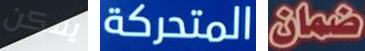
يمكن المتحركة ضمان